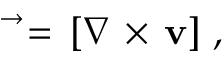
\begin{array} { r } { \vec { \mathbf { \varpi } } = \, [ \nabla \, \times \, \mathbf { v } ] \ , \ \ } \end{array}